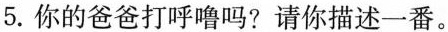
5.你的爸爸打呼噜吗？请你描述一番。